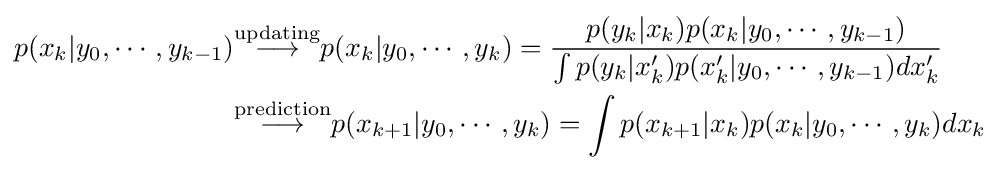
{\begin{aligned}p(x_{k}|y_{0},\cdots ,y_{k-1})&{\stackrel {\text{updating}}{\longrightarrow }}p(x_{k}|y_{0},\cdots ,y_{k})={\frac {p(y_{k}|x_{k})p(x_{k}|y_{0},\cdots ,y_{k-1})}{\int p(y_{k}|x'_{k})p(x'_{k}|y_{0},\cdots ,y_{k-1})dx'_{k}}}\\&{\stackrel {\text{prediction}}{\longrightarrow }}p(x_{k+1}|y_{0},\cdots ,y_{k})=\int p(x_{k+1}|x_{k})p(x_{k}|y_{0},\cdots ,y_{k})dx_{k}\end{aligned}}